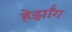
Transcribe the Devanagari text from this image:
हेर्झॉग